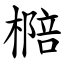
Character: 㯁